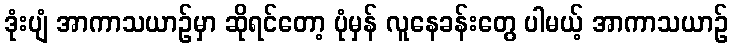
ဒုံးပျံ အာကာသယာဉ်မှာ ဆိုရင်တော့ ပုံမှန် လူနေခန်းတွေ ပါမယ့် အာကာသယာဉ်